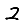
Digit: 2